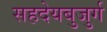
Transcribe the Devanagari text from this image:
सहदेयबुजुर्ग